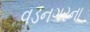
વડનગરના